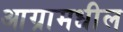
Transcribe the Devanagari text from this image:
आग्रामधील